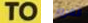
TO الغرور